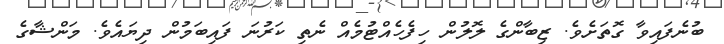
ބުނެފައިވާ ގޮތަށެވެ. ޒިބާންގެ ލޮލުން ހިފެހެއްޓުމެއް ނެތި ކަރުނަ ފައިބަމުން ދިޔައެވެ. މަންޝާގެ